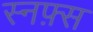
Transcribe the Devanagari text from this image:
स्नफ़्स